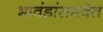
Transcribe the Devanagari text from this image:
भावंडांसमवेत